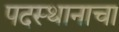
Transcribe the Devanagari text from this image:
पदस्थानाचा